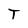
Character: T